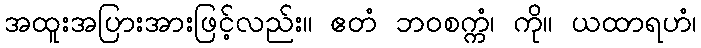
အထူးအပြားအားဖြင့်လည်း။ ဧတံ ဘဝစက္ကံ၊ ကို။ ယထာရဟံ၊